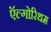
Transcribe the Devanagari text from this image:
ऍल्गोरिथम